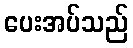
ပေးအပ်သည်